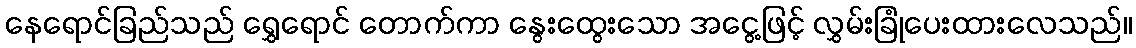
နေရောင်ခြည်သည် ရွှေရောင် တောက်ကာ နွေးထွေးသော အငွေ့ဖြင့် လွှမ်းခြုံပေးထားလေသည်။